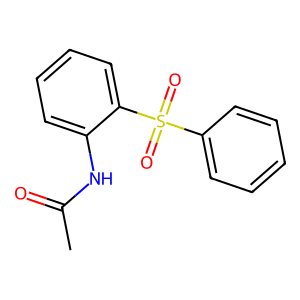
SMILES: CC(=O)Nc1ccccc1S(=O)(=O)c1ccccc1
Inhibits HIV replication: Yes